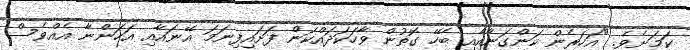
ކަމަށެވެ. "އަހަރެން ކަންގަނާއާއި ބެހޭ ގޮތުން ވާހަކަދައްކަން ފަށައިފިނަމަ އޭނައާއި އަހަންނާ އެއްވެސް